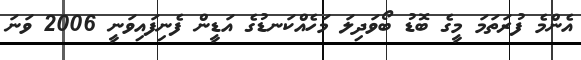
އެންމެ ފުރަތަމަ މީގެ ބޮޑު ބޯވަދިލަ މަަހެއްކަނޑުގެ އަޑީން ފެނިފައިވަނީ 2006 ވަނަ